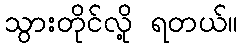
သွားတိုင်လို့ ရတယ်။